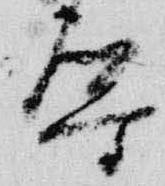
導